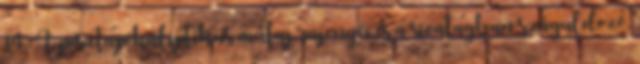
14. A posztapokaliptikus műfaj rajongói és a sivatagban száguldozó,